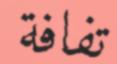
تفافة